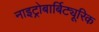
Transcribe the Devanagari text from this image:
नाइट्रोबार्बिट्यूरिक